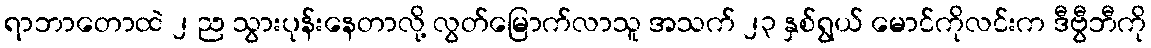
ရာဘာတောထဲ ၂ ည သွားပုန်းနေတာလို့ လွတ်မြောက်လာသူ အသက် ၂၃ နှစ်ရွယ် မောင်ကိုလင်းက ဒီဗွီဘီကို